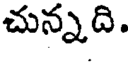
చున్నది.